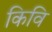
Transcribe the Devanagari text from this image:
किवि